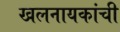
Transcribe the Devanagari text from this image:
खलनायकांची